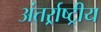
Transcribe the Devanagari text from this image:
अंतर्र्राष्‍ट्रीय